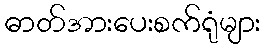
ဓာတ်အားပေးစက်ရုံများ